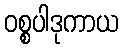
ဝစ္စပါဒုကာယ